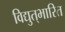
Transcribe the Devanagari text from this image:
विद्युत्‌भारित